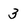
Character: 3